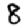
Digit: 8